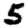
Digit: 5